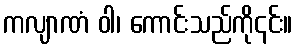
ကလျာဏံ ဝါ၊ ကောင်းသည်ကို၎င်း။